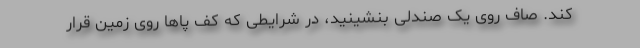
کند. صاف روی یک صندلی بنشینید، در شرایطی که کف پاها روی زمین قرار